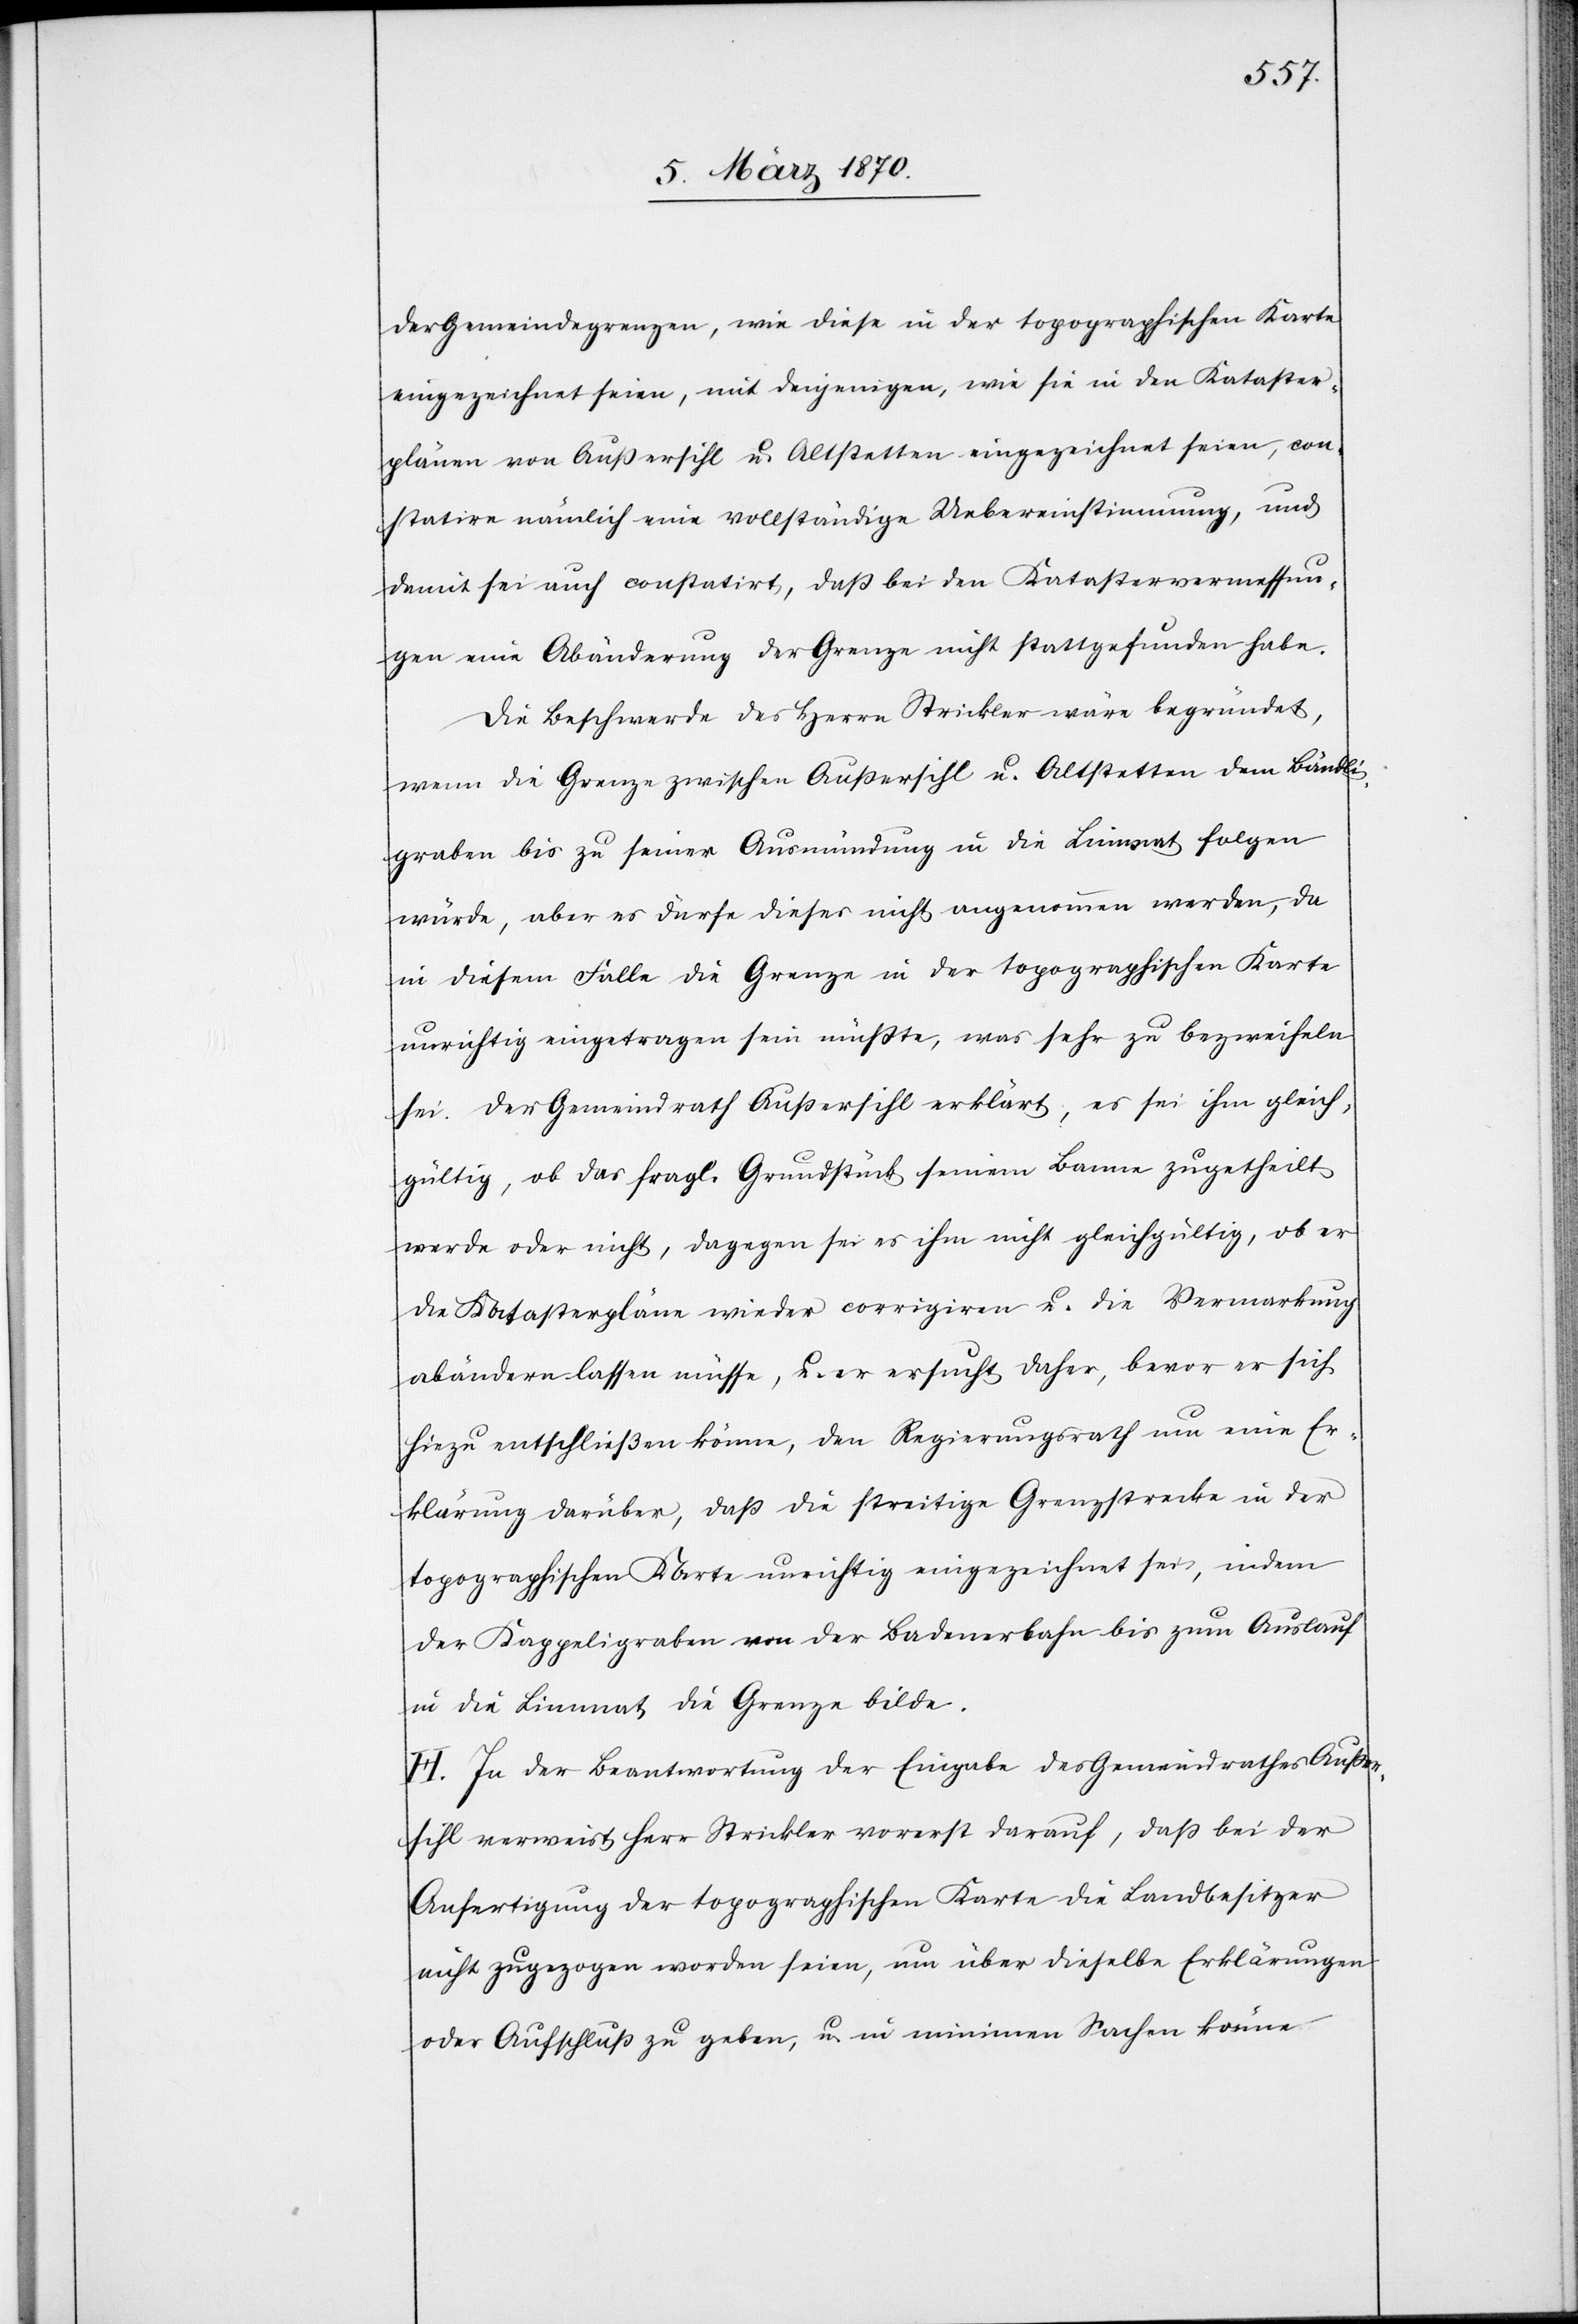
der Gemeindegrenzen, wie diese in der topographischen Karte
eingezeichnet seien, mit denjenigen, wie sie in den Kataster¬
plänen von Außersihl u. Altstetten [sic!] eingezeichnet seien, con¬
statire nämlich eine vollständige Uebereinstimmung, und
damit sei auch constatirt, daß bei den Katastervermessun¬
gen eine Abänderung der Grenze nicht stattgefunden habe.
Die Beschwerde des Herrn Strickler wäre begründet,
wenn die Grenze zwischen Außersihl u. Altstetten dem Bändli¬
graben bis zu seiner Ausmündung in die Limmat folgen
würde, aber es dürfe dieses nicht angenommen werden, da
in diesem Falle die Grenze in der topographischen Karte
unrichtig eingetragen sein müßte, was sehr zu bezweifeln
sei. Der Gemeindrath Außersihl erklärt, es sei ihm gleich¬
gültig, ob das fragl. Grundstück seinem Banne zugetheilt
werde oder nicht, dagegen sei es ihm nicht gleichgültig, ob er
die Katasterpläne wieder corrigiren u. die Vermarkung
abändern lassen müsse, u. er ersucht daher, bevor er sich
hiezu entschließen könne, den Regierungsrath um eine Er¬
klärung darüber, daß die streitige Grenzstrecke in der
topographischen Karte unrichtig eingezeichnet sei, indem
der Kappeligraben von der Badenerbahn bis zum Auslauf
in die Limmat die Grenze bilde.
H. In der Beantwortung der Eingabe des Gemeindrathes Außer¬
sihl verweist Herr Strickler vorerst darauf, daß bei der
Anfertigung der topographischen Karte die Landbesitzer
nicht zugezogen worden seien, um über dieselbe Erklärungen
oder Aufschluß zu geben, u. in minimen Sachen könne